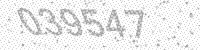
Solution: 039547